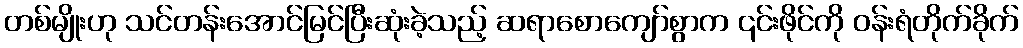
တစ်မျိုးဟု သင်တန်းအောင်မြင်ပြီးဆုံးခဲ့သည့် ဆရာစောကျော်စွာက ၎င်းဖိုင်ကို ဝန်းရံတိုက်ခိုက်